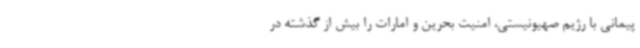
پیمانی با رژیم صهیونیستی، امنیت بحرین و امارات را بیش از گذشته در